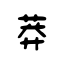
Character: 莽